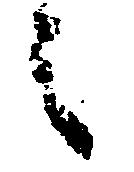
之